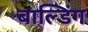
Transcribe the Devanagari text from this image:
बाल्डिंग